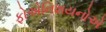
ફોએનિશયનોએ